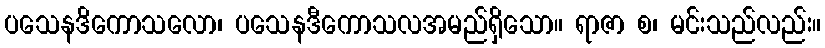
ပသေနဒိကောသလော၊ ပသေနဒီကောသလအမည်ရှိသော။ ရာဇာ စ၊ မင်းသည်လည်း။